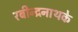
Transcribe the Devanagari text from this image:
रबीन्द्रनाथके